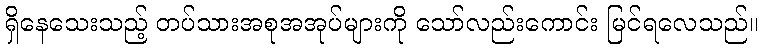
ရှိနေသေးသည့် တပ်သားအစုအအုပ်များကို သော်လည်းကောင်း မြင်ရလေသည်။